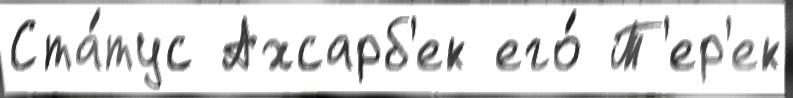
Ста́тус Ахсарб'ек его́ Т'ер'ек